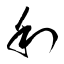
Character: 利